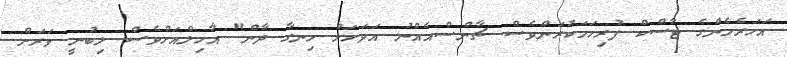
އަހަރެމެންގެ ޓާސްކް ފުރިހަމަކުރަންވެސް ޗާންސްއެއްނު އަވަހަށް ހިނގާ ދާން" އާހިލްއަށްވެސް ލިބުނީ ވަރަށް